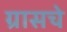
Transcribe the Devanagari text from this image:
ग्रासचे